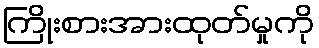
ကြိုးစားအားထုတ်မှုကို